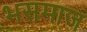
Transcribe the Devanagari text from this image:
भसमाज